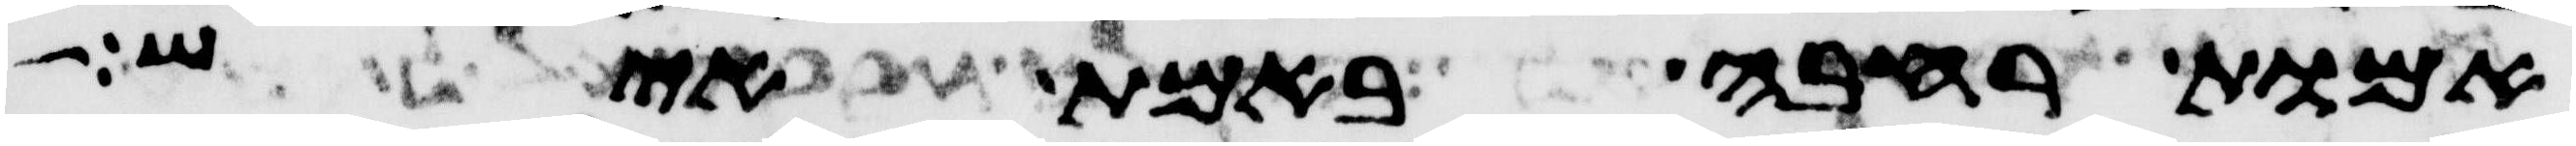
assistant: אמות רחבה באמת איש